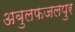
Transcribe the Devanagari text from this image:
अबुलफजलपुर